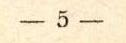
− 5 −